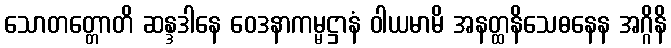
သောတတ္တောတိ ဆန္ဒဒါနေ ဝေဒနာကမ္မဋ္ဌာနံ ဝါယမာမိ အနတ္ထနိသေဓနေန အဂ္ဂိနိ